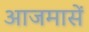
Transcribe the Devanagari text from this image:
आजमासें